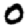
Digit: 0